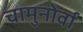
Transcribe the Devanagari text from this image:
चामुनोर्वा